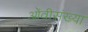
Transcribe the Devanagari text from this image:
ओंवीसंख्या